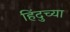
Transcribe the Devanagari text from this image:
हिंदुच्या